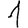
Digit: 1